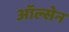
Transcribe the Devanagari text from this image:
ऑल्सेन